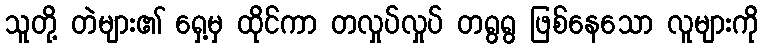
သူတို့ တဲများ၏ ရှေ့မှ ထိုင်ကာ တလှုပ်လှုပ် တရွရွ ဖြစ်နေသော လူများကို